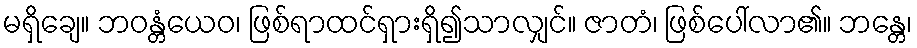
မရှိချေ။ ဘဝန္တံယေဝ၊ ဖြစ်ရာထင်ရှားရှိ၍သာလျှင်။ ဇာတံ၊ ဖြစ်ပေါ်လာ၏။ ဘန္တေ၊